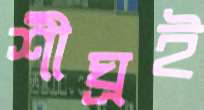
শীঘ্রই